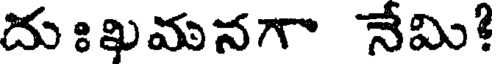
దుఃఖమనగా నేమి!